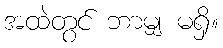
အထဲတွင် ဘာမျှ မရှိ။